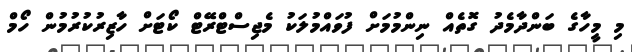
މި މީހާގެ ބަންދާމެދު ގޮތެއް ނިންމުމަށް ފުވައްމުލަކު މެޖިސްޓްރޭޓް ކޯޓަށް ހާޒިރުކުރުމުން ހޯމް